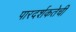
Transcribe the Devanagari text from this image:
पारदर्शकतेची